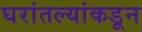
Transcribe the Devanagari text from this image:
घरांतल्यांकडून